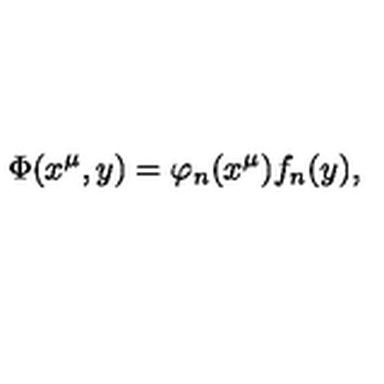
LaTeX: \Phi ( x ^ { \mu } , y ) = \varphi _ { n } ( x ^ { \mu } ) f _ { n } ( y ) ,